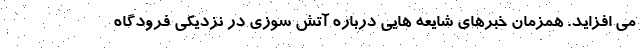
می افزاید. همزمان خبرهای شایعه هایی درباره آتش سوزی در نزدیکی فرودگاه